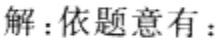
解：依题意有：